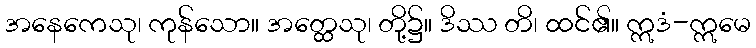
အနေကေသု၊ ကုန်သော။ အတ္ထေသု၊ တို့၌။ ဒိဿ တိ၊ ထင်၏။ ဣဒံ-ဣမေ